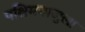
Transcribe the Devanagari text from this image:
पश्चिमबाजुला